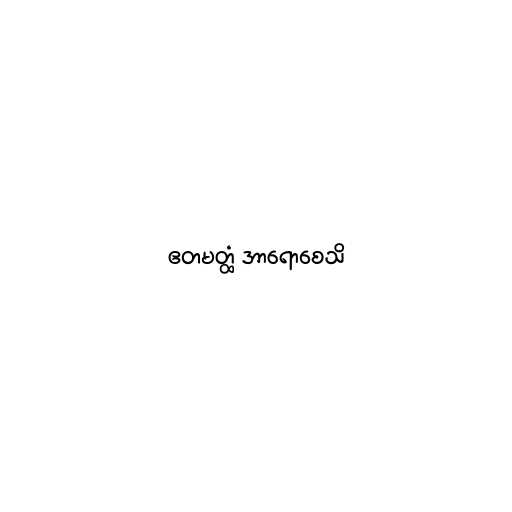
ဧတမတ္ထံ အာရောစေသိ